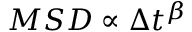
M S D \propto \Delta t ^ { \beta }